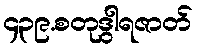
၄၃၉.စတုဒွါရဇာတ်